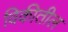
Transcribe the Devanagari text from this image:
विकीतील